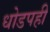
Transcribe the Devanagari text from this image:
धोडपही